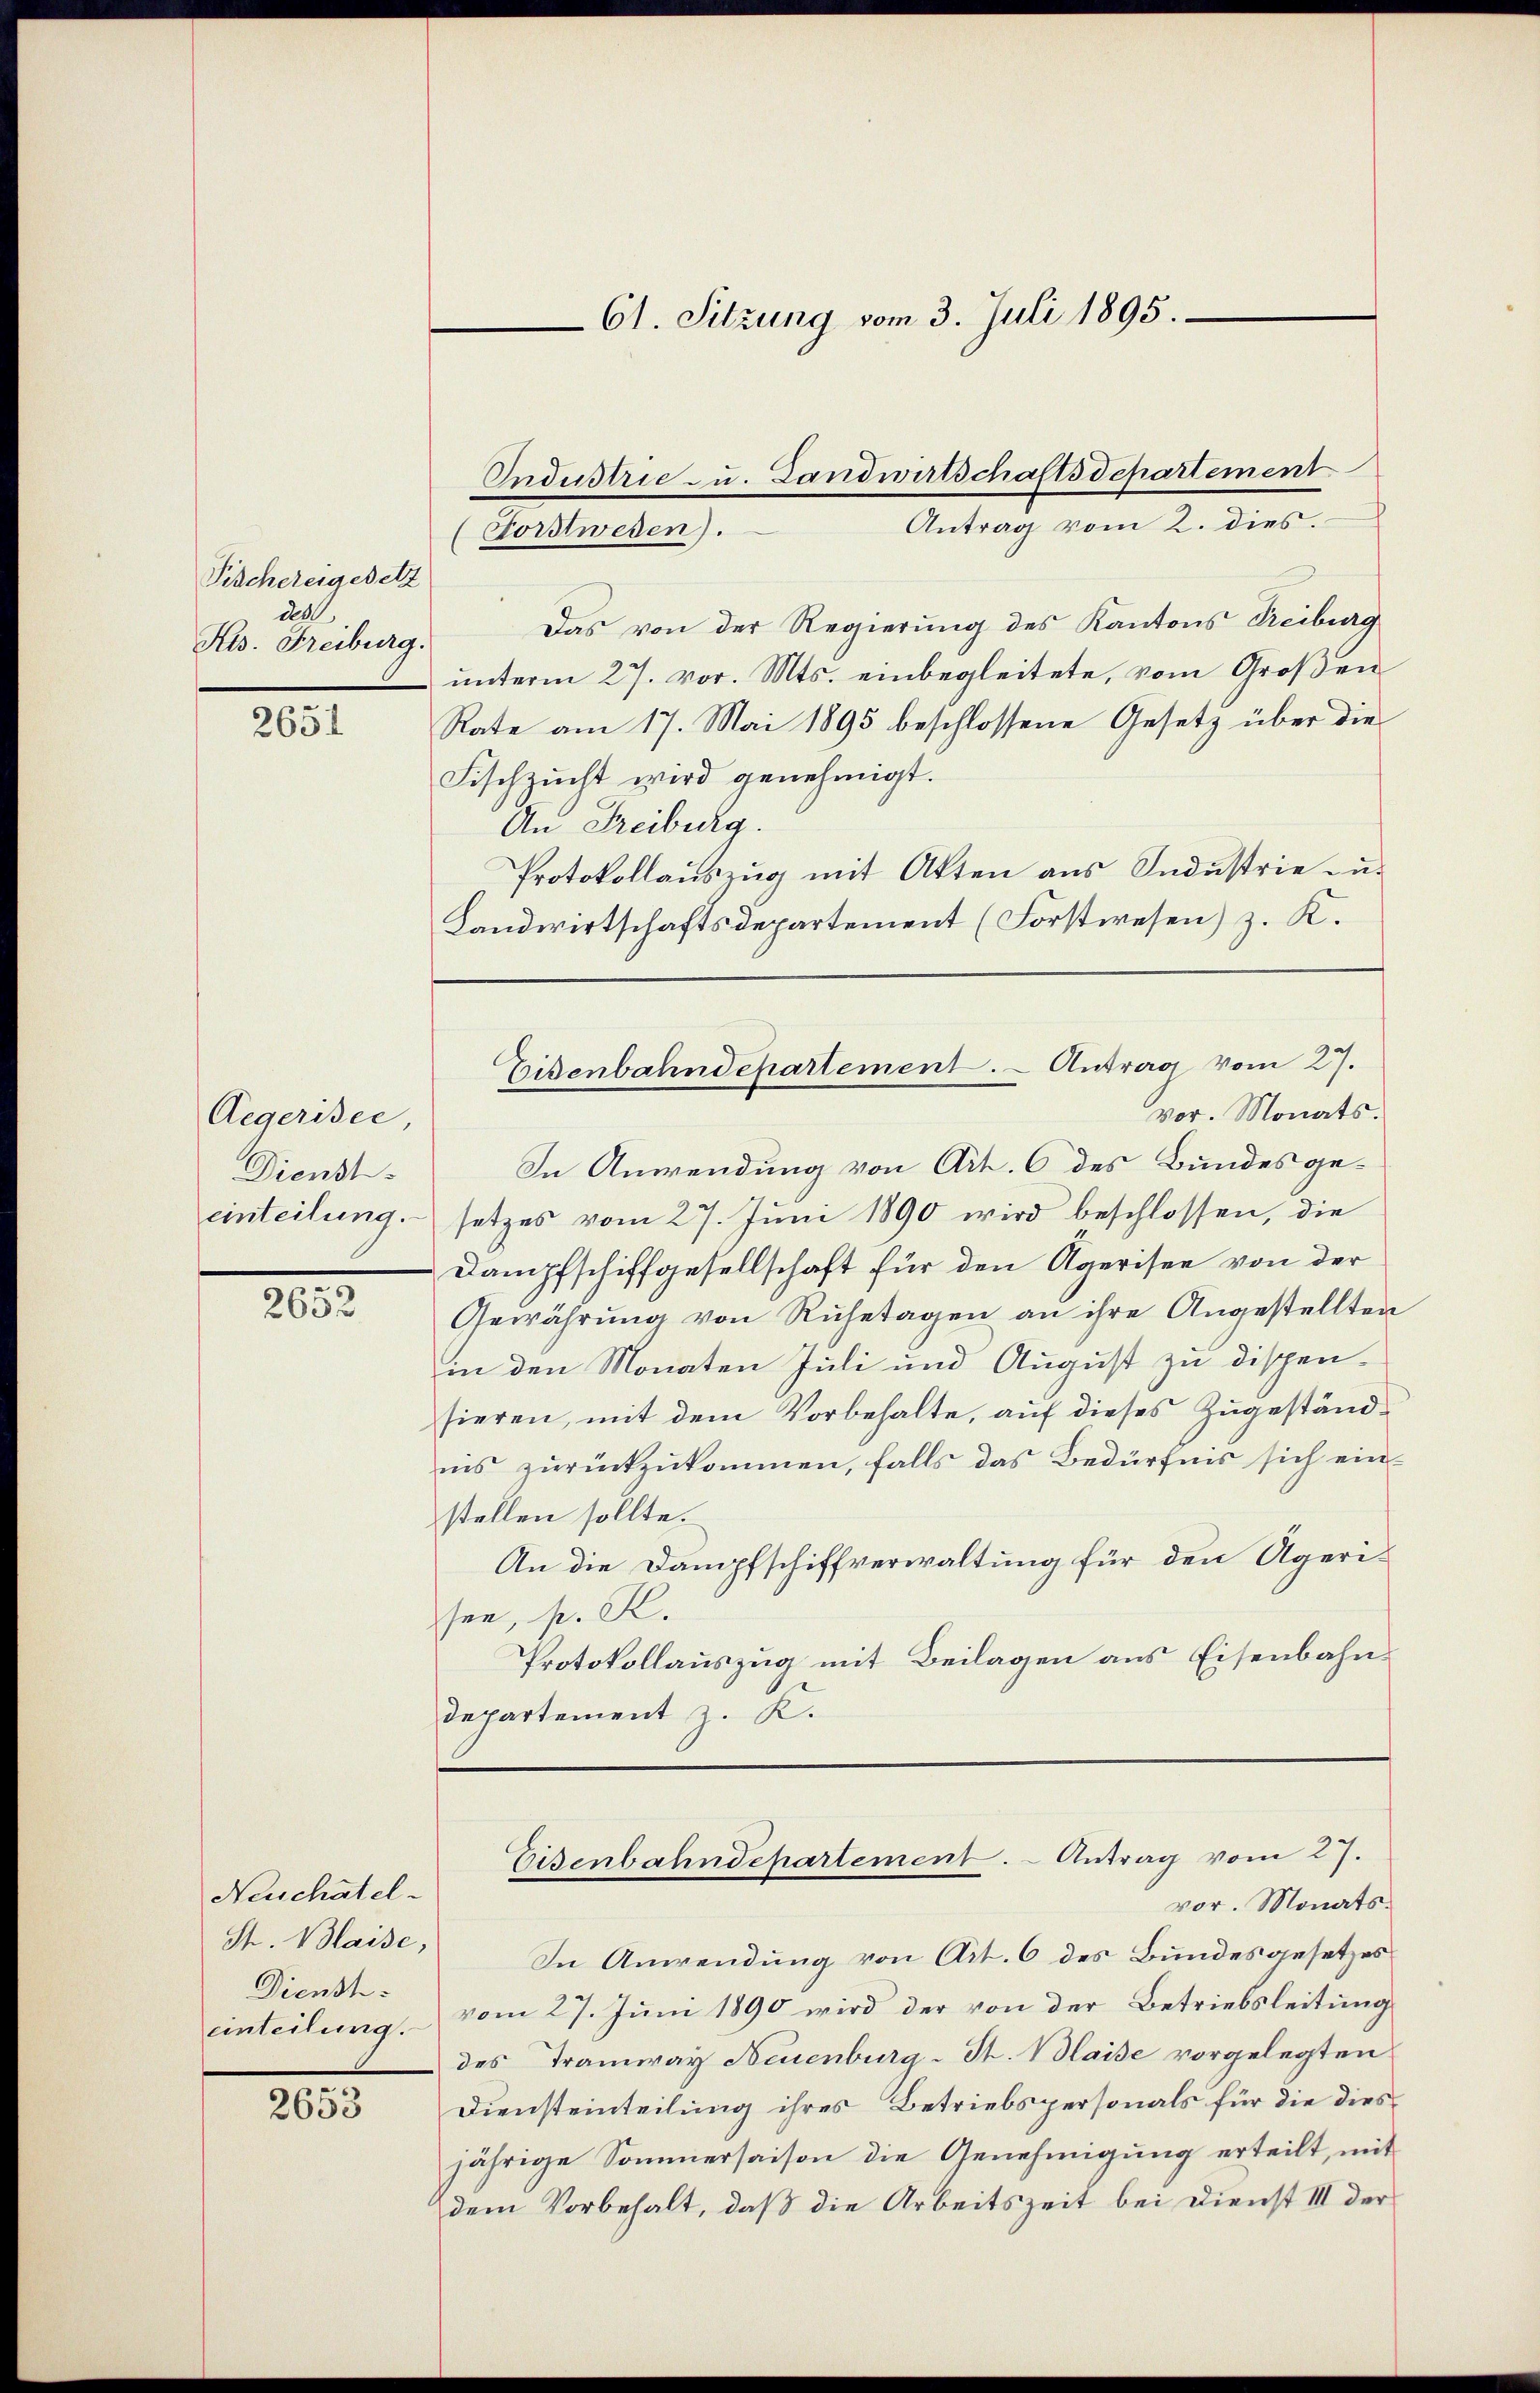
Pischereigesetz
aa
Kis. Freiburg.

2651

Aegerisce
Dienst
einteilung.

2652

Neuchatel-
Str. Waise,
Dienst.
einteilung.

2653

Das von der Regierung des Kantons Treiburg
ŭnterm 27. vor. Mts. einbegleitete, vom Groβen
Rate am 17. Mai 1895 beschlossene Gesetz über die
Fischzucht wird genehmigt.
An Freiburg.
Protokollauszug mit Akten aus Industrie zu.
Landwirtschaftsdepartement (Forstwesen) z. K.
vor. Monats.
In Anwendung von Art. 6 des Bundes gesetzes vom 27. Juni 1890 wird beschlossen, die
Dampfschiffgesellschaft für den Ägerisee von der
Gewährung von Ruhetagen an ihre Angestellten
in den Monaten Juli und August zu dispensieren, mit dem Vorbehalte, auf dieses Zugeständnis zurückzukommen, falls das Bedürfnis sich ein-
stellen sollte.
An die Dampfschiffverwaltung für den Ägerisen, p. K.
Protokollauszug mit Beilagen aus Eisenbahn¬
Departement z. K.

61. Sitzung vom 3. Juli 1895.

Forstwesen).

Industrie - u. Landwirtschaftsdepartement
Antrag vom 2. dies.

Eisenbahndepartement. - Antrag vom 27.

In Anwendung von Art. 6 des Bundesgesetzes
vom 27. Juni 1890 wird der von der Betriebsleitung
des Tramway Neuenburg-St. Blaise vorgelegten
Diensteinteilung ihres Betriebspersonals für die diesjährige Sommersaison die Genehmigung erteilt, mit
dem Vorbehalt, daß die Arbeitszeit bei Dienst III der

Eisenbahndepartement. - Antrag vom 27.
vor. Monats¬